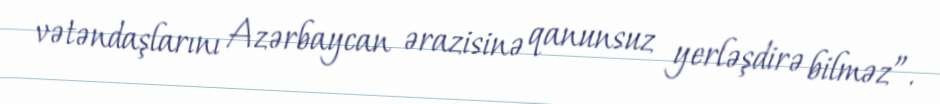
vətəndaşlarını Azərbaycan ərazisinə qanunsuz yerləşdirə bilməz”.